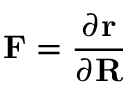
\mathbf { F } = \frac { \partial \mathbf { r } } { \partial \mathbf { R } }